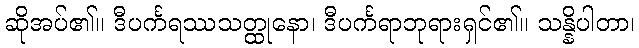
ဆိုအပ်၏။ ဒီပင်္ကရဿသတ္ထုနော၊ ဒီပင်္ကရာဘုရားရှင်၏။ သန္နိပါတာ၊